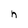
Character: h